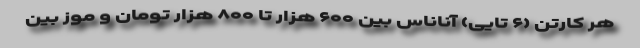
هر کارتن (۶ تایی) آناناس بین ۶۰۰ هزار تا ۸۰۰ هزار تومان و موز بین